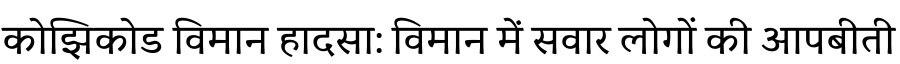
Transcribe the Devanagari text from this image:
कोझिकोड विमान हादसा: विमान में सवार लोगों की आपबीती